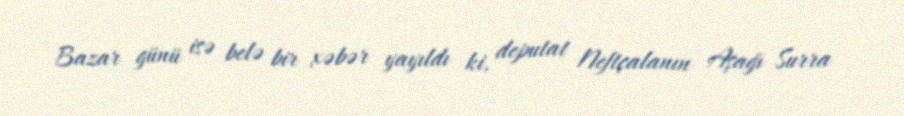
Bazar günü isə belə bir xəbər yayıldı ki, deputat Neftçalanın Aşağı Surra